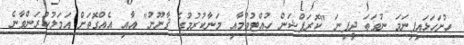
ހުށަހަޅައިފިނަމަ ނުވަތަ ދީފިނަ "ކޮރަޕްޝަން ހުއްޓުވުމާއި މަނާކުރުމުގެ ޤާނޫނު" އާއި އެއްގޮތަށް އަމަލުކުރަންވާނެ